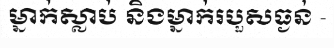
ម្នាក់ស្លាប់ និងម្នាក់របួសធ្ងន់ -